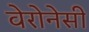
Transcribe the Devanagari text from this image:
वेरोनेसी